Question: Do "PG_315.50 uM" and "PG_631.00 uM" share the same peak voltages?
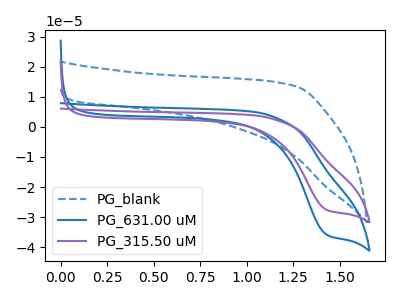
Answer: <think>The blue dashed curve "PG_blank" has no peaks. The blue curve "PG_631.00 uM" has a cathodic peak at: (1.45V, -35.75uA). The purple curve "PG_315.50 uM" has a cathodic peak at: (1.45V, -27.50uA).</think>
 <answer>Yes, "PG_315.50 uM" have a peak in "PG_631.00 uM" at the same potential.</answer>
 <eval>match</eval>